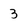
Character: 3